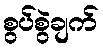
စွပ်စွဲချက်